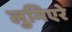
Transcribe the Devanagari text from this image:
लुमिएरे